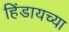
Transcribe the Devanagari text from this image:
हिंडायच्या